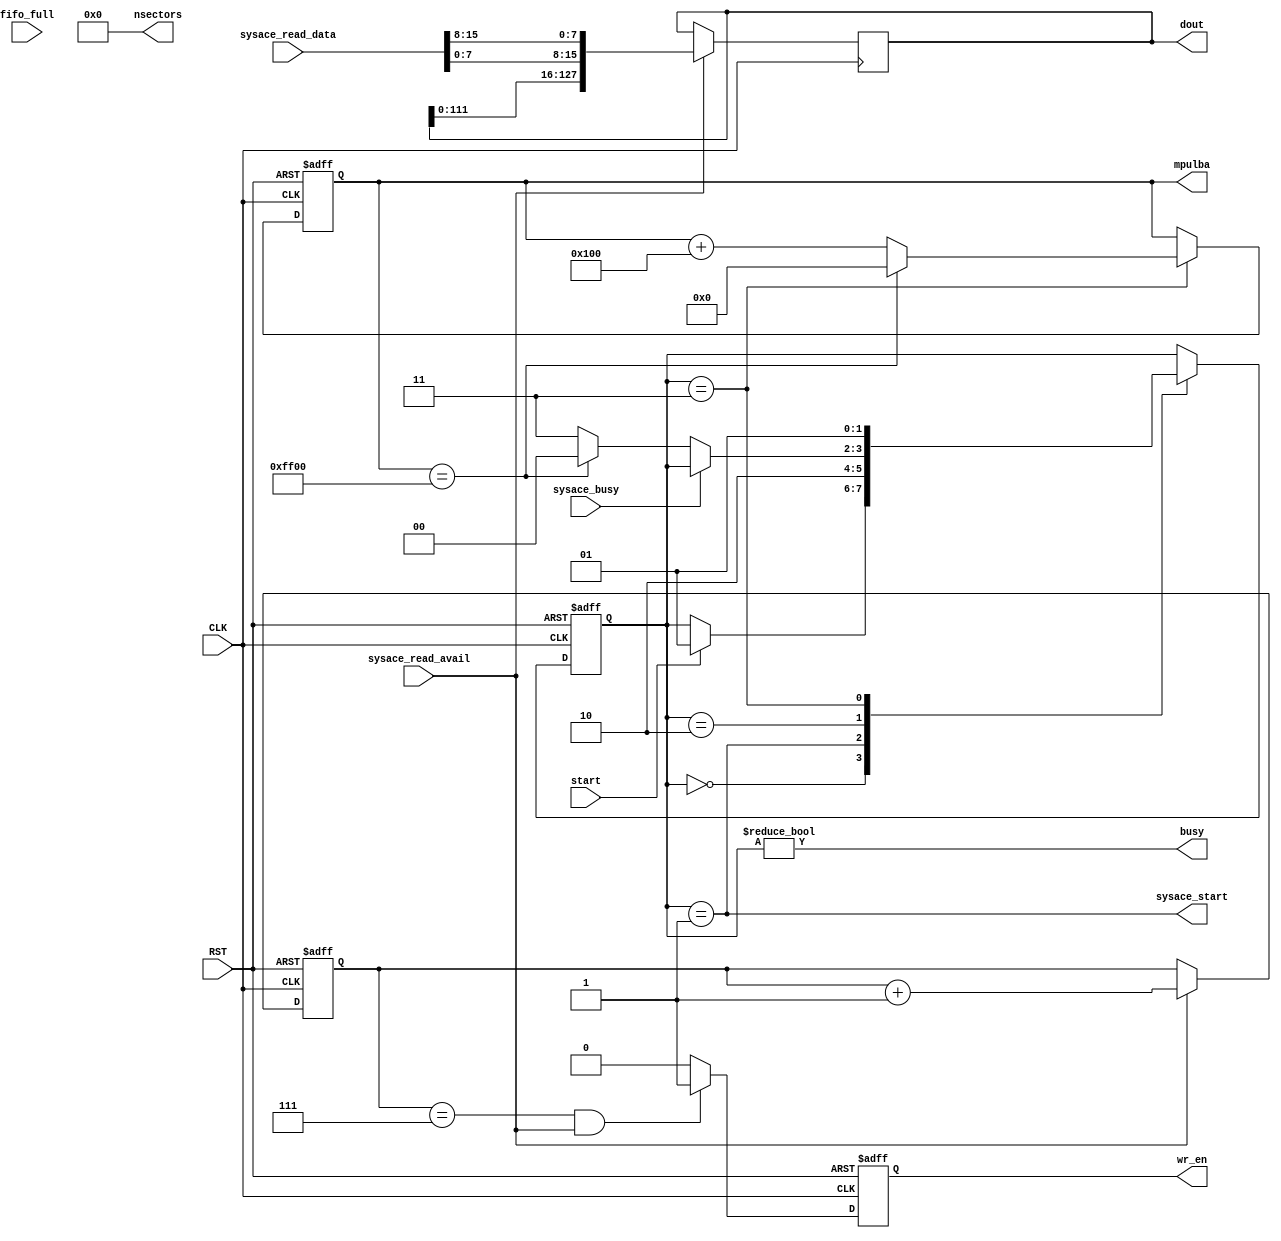

module sysace_top
  #(parameter mpulba_top = 28'd65536 - 28'd256)
  (
   input              CLK,
   input              RST,

   output reg [27:0]  mpulba,
   output [7:0]       nsectors,

   output             sysace_start,
   input              sysace_busy,

   input [15:0]       sysace_read_data,
   input              sysace_read_avail,

   output reg         wr_en,
   output reg [127:0] dout,
   input              fifo_full,

   input              start,
   output             busy
   );

`define SW 2
   localparam s_idle = `SW'd0;
   localparam s_start = `SW'd1;
   localparam s_wait = `SW'd2;
   localparam s_incr = `SW'd3;
   reg [`SW-1:0]     state;
   
`undef SW

   localparam counter_top = 3'd7;
   reg [2:0]         counter;

   wire [15:0]       read_data;
   assign read_data[7:0] = sysace_read_data[15:8];
   assign read_data[15:8] = sysace_read_data[7:0];

   assign nsectors = 8'h0;
   assign sysace_start = state == s_start;
   assign busy = state != s_idle;

   always @(posedge CLK or negedge RST)
     if (!RST) begin
        state <= s_idle;
     end else begin
        case (state)
          s_idle:
            if (start)
              state <= s_start;

          s_start:
            state <= s_wait;

          s_wait:
            if (!sysace_busy) begin
               if (mpulba == mpulba_top)
                 state <= s_idle;
               else
                 state <= s_incr;
            end

          s_incr:
            state <= s_start;

          default: ;
        endcase
     end


   always @(posedge CLK or negedge RST)
     if (!RST) begin
        mpulba <= 28'd0;
     end else begin
        case (state)
          s_incr:
            if (mpulba == mpulba_top)
              mpulba <= 28'd0;
            else
              mpulba <= mpulba + 28'd256;

          default: ;
        endcase
     end

   always @(posedge CLK) begin
      if (sysace_read_avail)
        dout <= {dout[111:0], read_data};
   end

   always @(posedge CLK or negedge RST)
     if (!RST) begin
        counter <= 3'd0;
     end else begin
        if (sysace_read_avail)
          counter <= counter + 3'd1;
     end

   always @(posedge CLK or negedge RST)
     if (!RST) begin
        wr_en <= 1'b0;
     end else begin
        if (counter == counter_top && sysace_read_avail)
          wr_en <= 1'b1;
        else
          wr_en <= 1'b0;
     end

endmodule